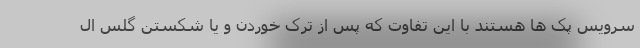
سرویس پک ها هستند با این تفاوت که پس از ترک خوردن و یا شکستن گلس ال